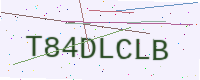
Text: T84DLCLB